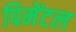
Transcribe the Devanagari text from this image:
पिमेंटल